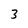
Character: 3